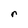
Character: r